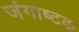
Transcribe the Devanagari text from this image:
जंगाष्टक